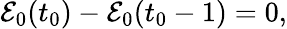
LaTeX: \begin{array}{r}{\mathcal{E}_{0}(t_{0})-\mathcal{E}_{0}(t_{0}-1)=0,}\end{array}